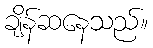
ချိန်ဆနေသည်။